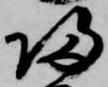
帰